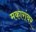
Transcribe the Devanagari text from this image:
मकारांवर